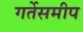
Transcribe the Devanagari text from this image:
गर्तेसमीप